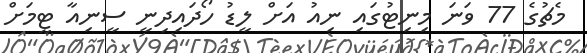
މެޗުގެ 77 ވަނަ މިނިޓުގައި ނިއު އަށް ލީޑު ހޯދައިދިނީ ސީނިއާ ޓީމަށް